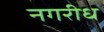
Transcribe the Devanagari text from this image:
नगरीध